Lunatic asylums Central Provinces reports 1895-1909 - 1895-1909
Year: 1895
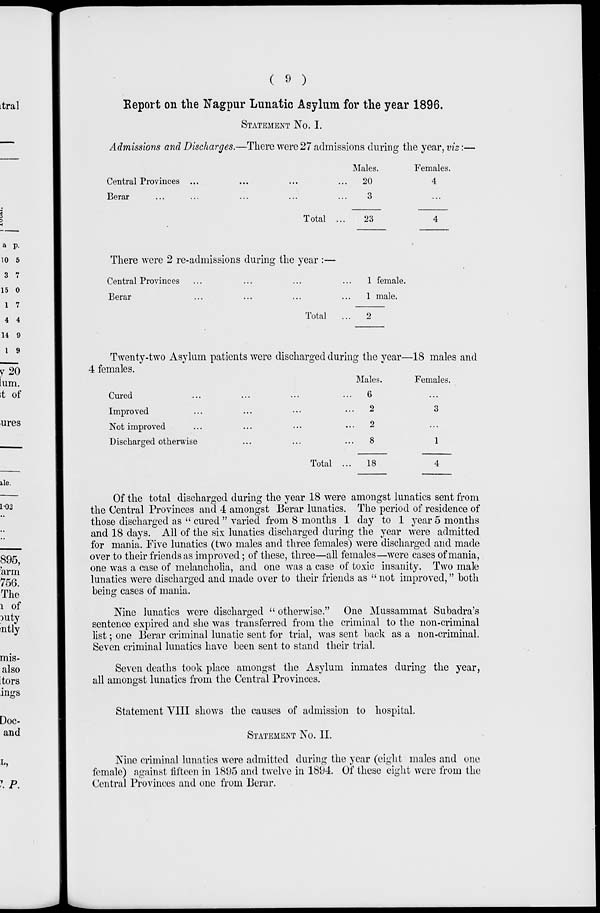
( 9 )
Report on the Nagpur Lunatic Asylum for the year 1896.
STATEMENT No. I.
Admissions and Discharges.—There were 27 admissions during the year, viz :—
Central Provinces ... ...
Berar ... ... ... ...
Total ...
Males.
20
3
23
Females.
4
...
4
There were 2 re-admissions during the year :—
Central Provinces ... ... ... ...
Berar ... ... ... ...
Total
...
1 female.
1 male.
2
Twenty-two Asylum patients were discharged during the year—18 males and
4 females.
Cured ... ... ... ...
Improved ... ... ... ...
Not improved ... ... ... ...
Discharged otherwise ... ... ...
Total ...
Males.
6
2
2
8
18
Females.
...
3
...
1
4
Of the total discharged during the year 18 were amongst lunatics sent from
the Central Provinces and 4 amongst Berar lunatics. The period of residence of
those discharged as " cured " varied from 8 months 1 day to 1 year 5 months
and 18 days. All of the six lunatics discharged during the year were admitted
for mania. Five lunatics (two males and three females) were discharged and made
over to their friends as improved ; of these, three—all females—were cases of mania,
one was a case of melancholia, and one was a case of toxic insanity. Two male
lunatics were discharged and made over to their friends as " not improved," both
being cases of mania.
Nine lunatics were discharged " otherwise." One Mussammat Subadra's
sentence expired and she was transferred from the criminal to the non-criminal
list ; one Berar criminal lunatic sent for trial, was sent back as a non-criminal.
Seven criminal lunatics have been sent to stand their trial.
Seven deaths took place amongst the Asylum inmates during the year,
all amongst lunatics from the Central Provinces.
Statement VIII shows the causes of admission to hospital.
STATEMENT No. II.
Nine criminal lunatics were admitted during the year (eight males and one
female) against fifteen in 1895 and twelve in 1894. Of these eight were from the
Central Provinces and one from Berar.